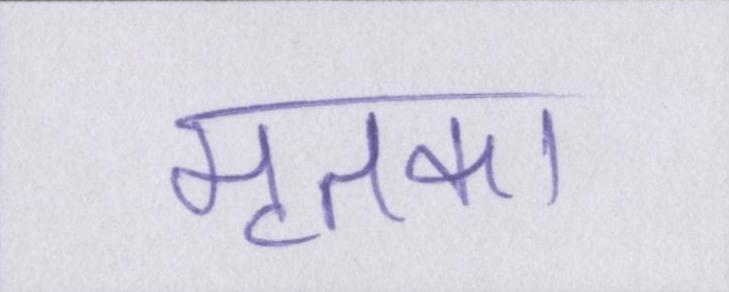
मृतका